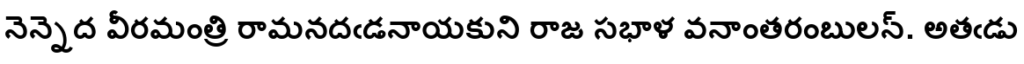
నెన్నెద వీరమంత్రి రామనదఁడనాయకుని రాజ సభాళ వనాంతరంబులన్. అతఁడు